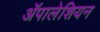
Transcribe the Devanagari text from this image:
ॲपालेशियन